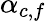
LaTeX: \alpha_{c,f}